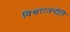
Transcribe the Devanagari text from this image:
विश्वराजनीति